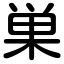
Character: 巣